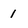
Character: 1